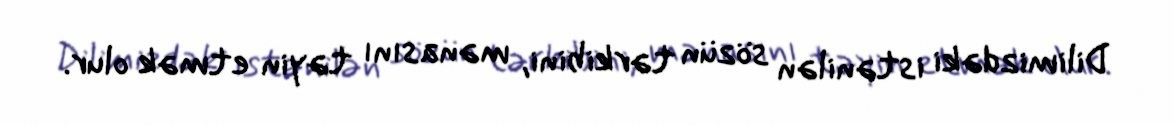
Dilimizdəki istənilən sözün tərkibini, mənasını təyin etmək olur.